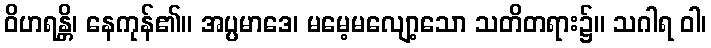
ဝိဟရန္တိ၊ နေကုန်၏။ အပ္ပမာဒေ၊ မမေ့မလျော့သော သတိတရား၌။ သဂါရ ဝါ၊